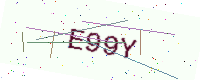
Text: E99Y